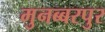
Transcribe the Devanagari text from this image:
मुनब्बरपुर